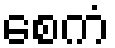
စေကံ